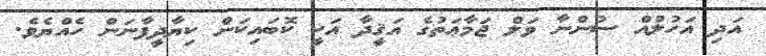
އަދި އަހުލުއް ސުންނާ ވަލް ޖަމާޢަތުގެ އަޤީދާ އަކީ ކޮބައިކަން ކިޔާދީފާނަން ހެއްޔެވެ.